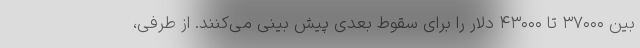
بین ۳۷۰۰۰ تا ۴۳۰۰۰ دلار را برای سقوط بعدی پیش بینی می‌کنند. از طرفی،